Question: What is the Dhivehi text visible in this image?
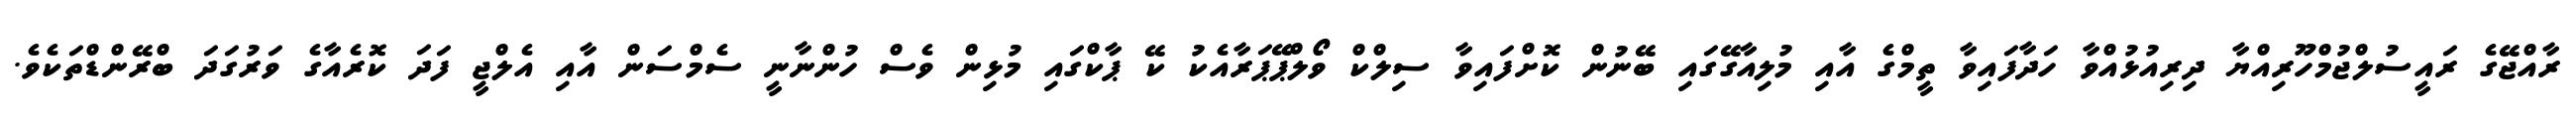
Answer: ރާއްޖޭގެ ރައީސުލްޖުމްހޫރިއްޔާ ދިރިއުޅުއްވާ ހަދާފައިވާ ތީމްގެ އާއި މުލިއާގޭގައި ބޭނުން ކޮށްފައިވާ ސިލްކް ވޯލްޕޭޕަރާއެކު ކޭ ޕާކްގައި މުޅިން ވެސް ހުންނާނީ ސެމްސަން އާއި އެލްޖީ ފަދަ ކޮރެއާގެ ވަރުގަދަ ބްރޭންޑްތަކެވެ.